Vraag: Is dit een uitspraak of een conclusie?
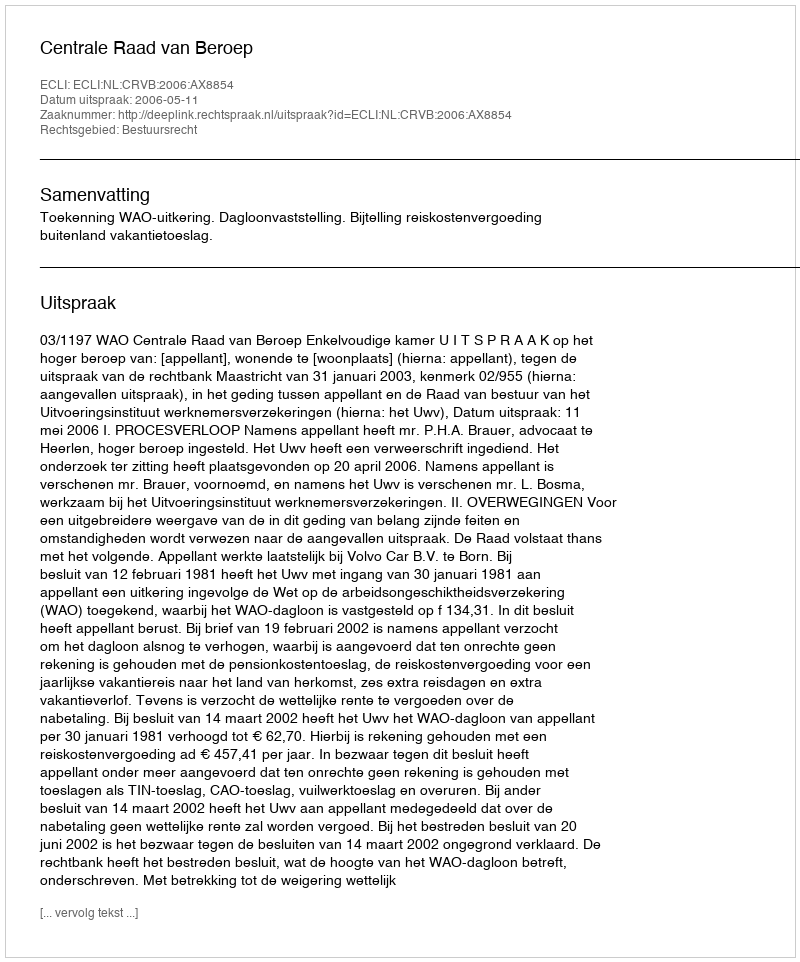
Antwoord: Uitspraak